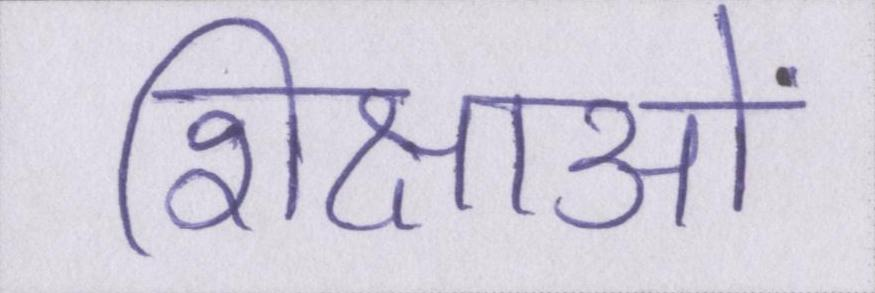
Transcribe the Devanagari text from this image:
शिक्षाओं